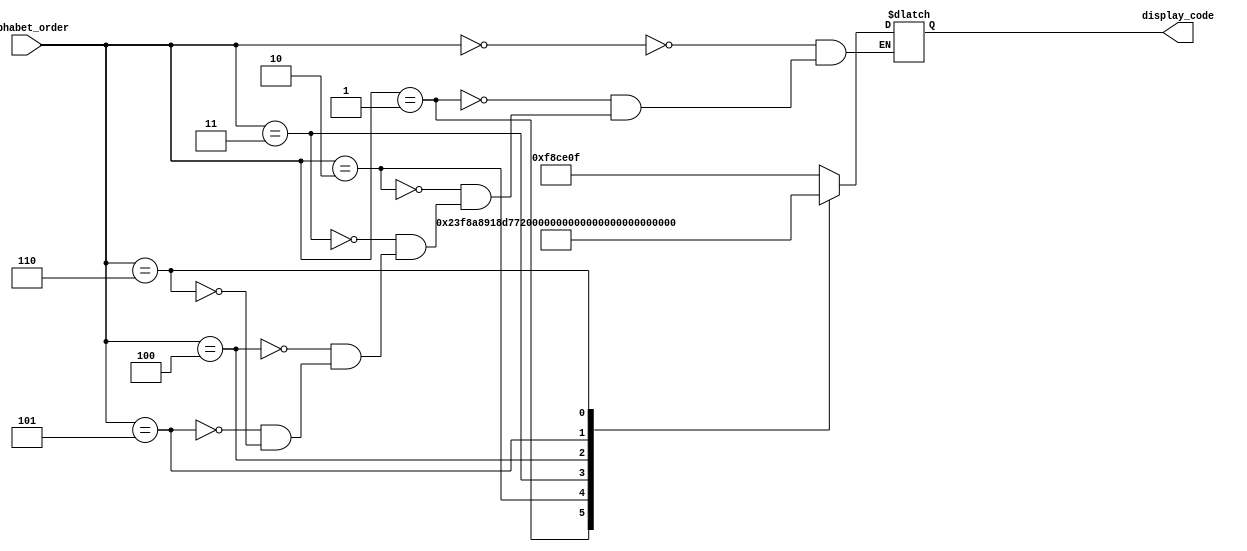
module alphabet_decoder(
    input [2:0] alphabet_order,
    output reg [24:0] display_code
);
    always@(*) begin
        case(alphabet_order)
            3'd0: display_code = 25'b01111_10001_10011_10000_01111; // "G"
            3'd1: display_code = 25'b10001_11111_10001_01010_00100; // "A"
            3'd2: display_code = 25'b10001_10001_10101_11011_10001; // "M"
            3'd3: display_code = 25'b11111_10000_11100_10000_11111; // "E"
            3'd4: display_code = 25'b01110_10001_10001_10001_01110; // "O"
            3'd5: display_code = 25'b00100_01010_10001_10001_10001; // "V"
            3'd6: display_code = 25'b10001_10001_11110_10001_11110; // "R"
        endcase
    end

endmodule